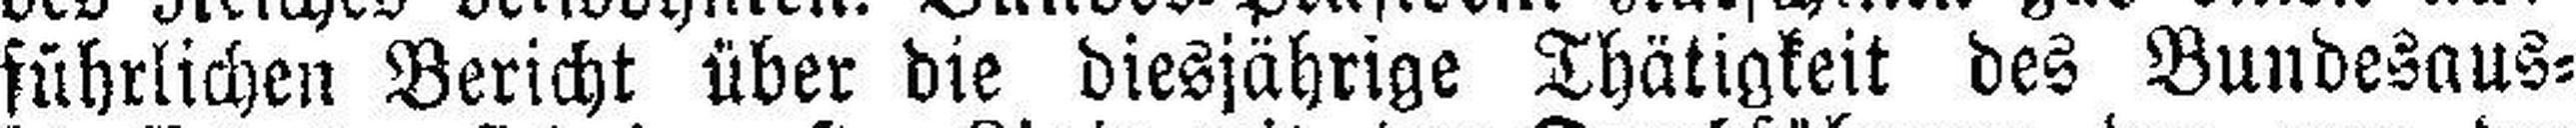
führlichen Bericht über die diesjährige Thätigkeit des Bundesaus¬